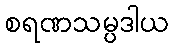
စရဏသမ္ပဒါယ